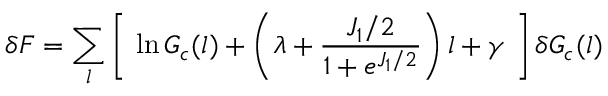
\delta F = \sum _ { l } \left[ ~ \ln G _ { c } ( l ) + \left( \lambda + \frac { J _ { 1 } / 2 } { 1 + e ^ { J _ { 1 } / 2 } } \right) l + \gamma ~ \right] \delta G _ { c } ( l )